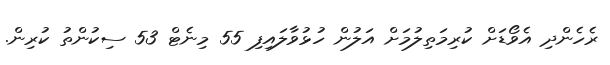
ރެހެންދި އެވޯޑަށް ކުރިމަތިލުމަށް އަލުން ހުޅުވާލައިފި 55 މިނެޓް 53 ސިކުންތު ކުރިން.